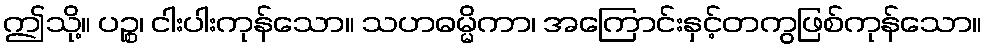
ဤသို့။ ပဉ္စ၊ ငါးပါးကုန်သော။ သဟဓမ္မိကာ၊ အကြောင်းနှင့်တကွဖြစ်ကုန်သော။